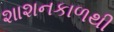
શાશનકાળથી